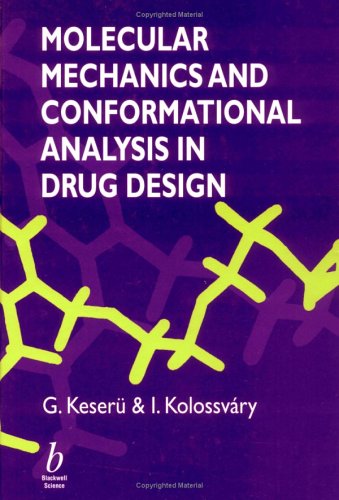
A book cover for Molecular Mechanics and Conformational Analysis inDrug Design; Gyorgy M Keseru; Medical Books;